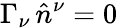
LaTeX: \Gamma_{\nu}\, \hat{n}^{\nu}=0